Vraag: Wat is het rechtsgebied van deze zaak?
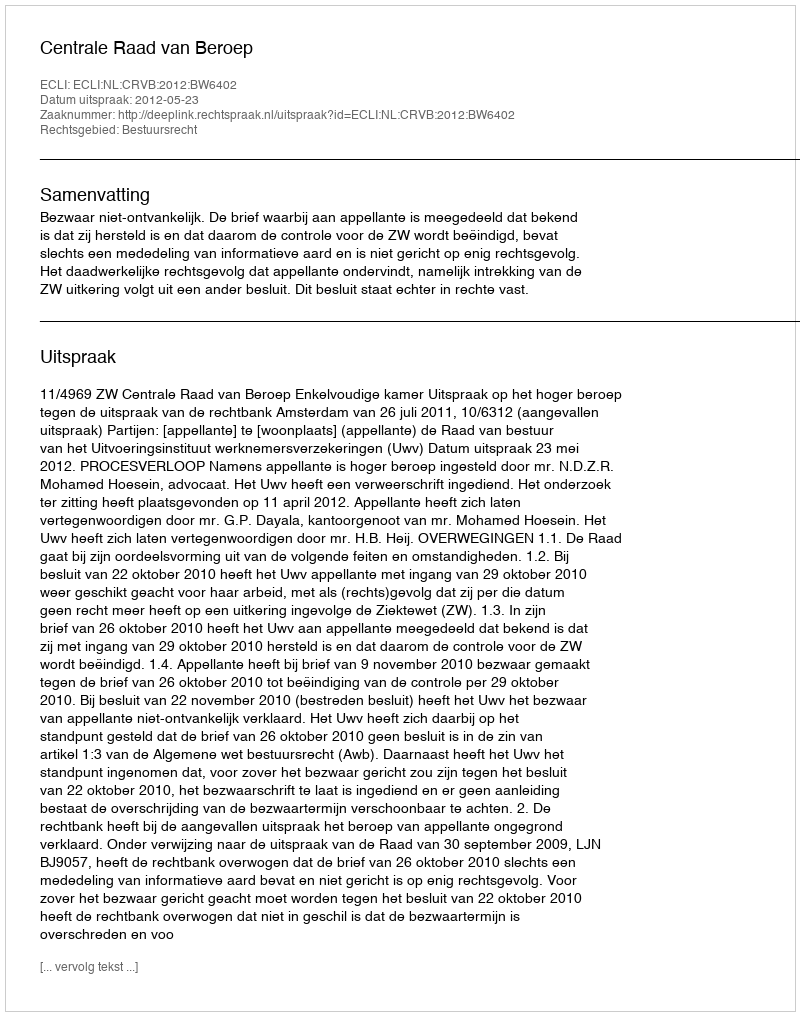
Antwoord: Bestuursrecht